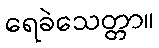
ရေခဲသေတ္တာ။